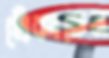
খেঁকাতেন